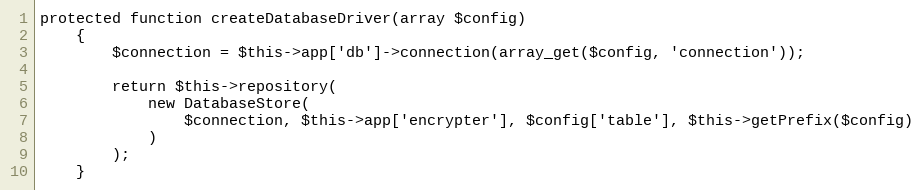
Language: PHP
protected function createDatabaseDriver(array $config)
	{
		$connection = $this->app['db']->connection(array_get($config, 'connection'));

		return $this->repository(
			new DatabaseStore(
				$connection, $this->app['encrypter'], $config['table'], $this->getPrefix($config)
			)
		);
	}